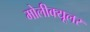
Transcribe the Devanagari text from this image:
मोलीक्यूलर